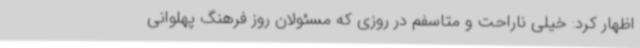
اظهار کرد: خیلی ناراحت و متاسفم در روزی که مسئولان روز فرهنگ پهلوانی